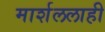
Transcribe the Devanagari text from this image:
मार्शललाही